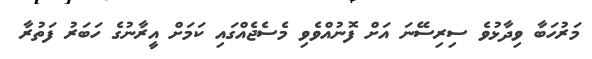
މަރުހަބާ ވިދާޅުވެ ސިރިސޭނަ އަށް ފޮނުއްވެވި މެސެޖެއްގައި ކަމަށް އީރާނުގެ ހަބަރު ފަތުރާ